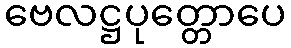
ဗေလဋ္ဌပုတ္တောပေ